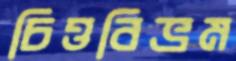
চিত্তবিভ্রম